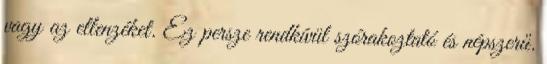
vagy az ellenzéket. Ez persze rendkívül szórakoztató és népszerű.